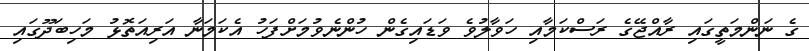
ގެ ނަންމަތީގައި ރާއްޖޭގެ ރަސްކަމާއި ހަވާލުވެ ވަޑައިގެން ހުންނެވުމަށްފަހު އެކަމަނާ އަރިއަތޮޅު މަހިބަދޫގައި